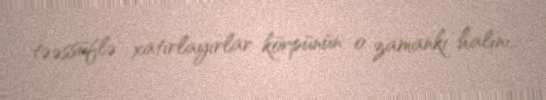
təəssüflə xatırlayırlar körpünün o zamankı halını..